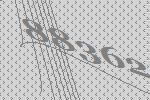
88362